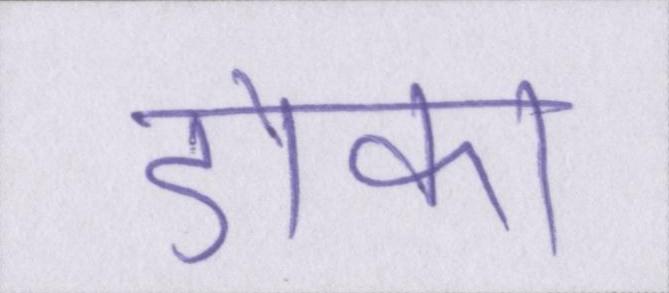
डोका